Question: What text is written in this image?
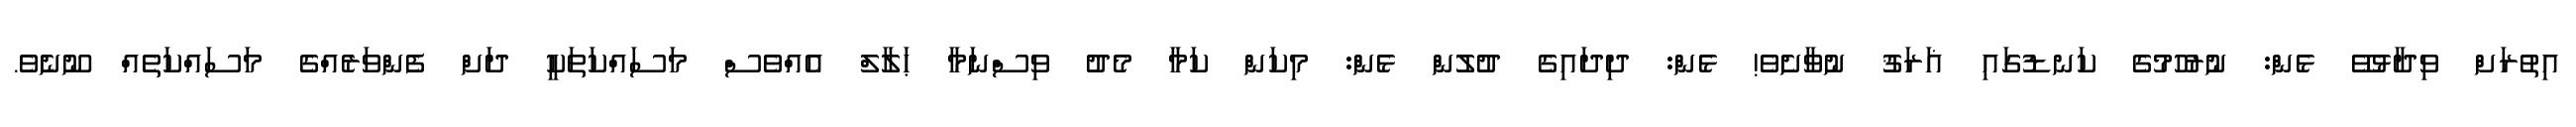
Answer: އިތުރަށް ވިދާޅުވޭ ޅެން: ނުރުހުމުގެ ކަނޑުގައި ޣަރަޤު ނުވާށެވެ! ޅެން: ދިދައިގެ ދުލުން ޅެން: މިކަން ކަމާ މެދު ވިސްނަމާ ޙަލާލް އެއްވެސް މަސައްކަތަކީ ދަށް ފެންވަރެއްގެ މަސައްކަތެއް ނޫނެވެ.